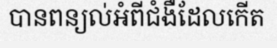
បានពន្យល់អំពីជំងឺដែលកើត